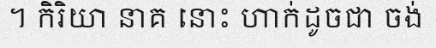
។ កិរិយា នាគ នោះ ហាក់ដូចជា ចង់